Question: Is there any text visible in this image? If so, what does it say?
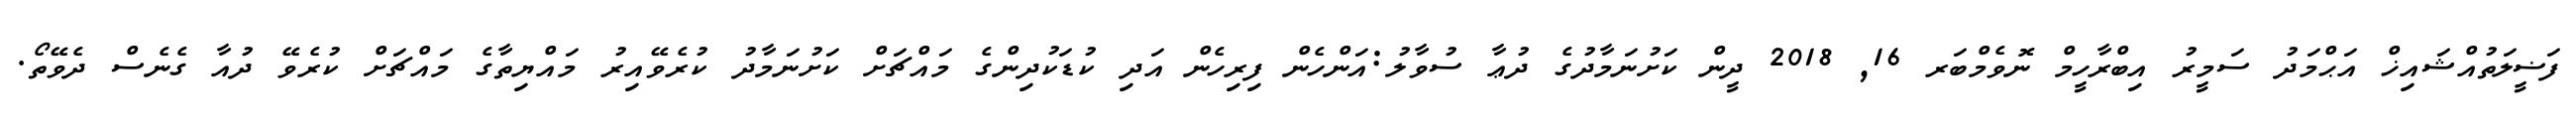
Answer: ފަޟީލަތުއްޝައިޚް އަޙްމަދު ސަމީރު އިބްރާހީމް ނޮވެމްބަރ 16, 2018 ދީން ކަށުނަމާދުގެ ދުޢާ ސުވާލު:އަންހެން ފިރިހެން އަދި ކުޑަކުދިންގެ މައްޗަށް ކަށުނަމާދު ކުރެވޭއިރު މައްޔިތާގެ މައްޗަށް ކުރެވޭ ދުއާ ގެނެސް ދެވޭތޯ.